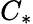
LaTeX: C_{*}